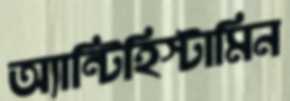
অ্যান্টিহিস্টামিন